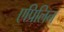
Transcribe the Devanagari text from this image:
एप्रिलिन